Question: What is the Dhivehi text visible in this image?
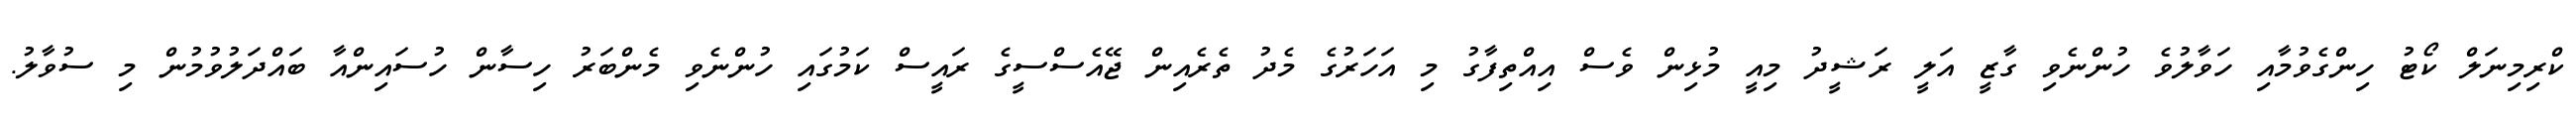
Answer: ކްރިމިނަލް ކޯޓު ހިންގެވުމާއި ހަވާލުވެ ހުންނެވި ގާޒީ އަލީ ރަޝީދު މިއީ މުޅިން ވެސް އިއްތިފާގު މި އަހަރުގެ މެދު ތެރެއިން ޖޭއެސްސީގެ ރައީސް ކަމުގައި ހުންނެވި މެންބަރު ހިސާން ހުސައިންއާ ބައްދަލުވުމުން މި ސުވާލު.